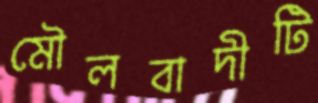
মৌলবাদীটি